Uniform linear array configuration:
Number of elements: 64
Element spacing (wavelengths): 0.75
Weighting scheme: uniform
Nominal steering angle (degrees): -45
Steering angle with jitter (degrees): -46.574
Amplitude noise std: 0.05
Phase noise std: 0.05

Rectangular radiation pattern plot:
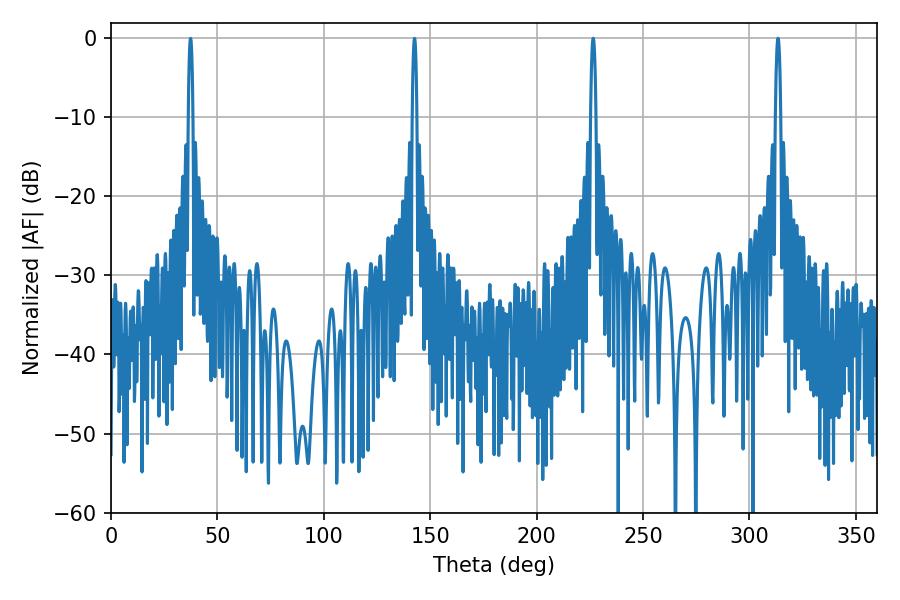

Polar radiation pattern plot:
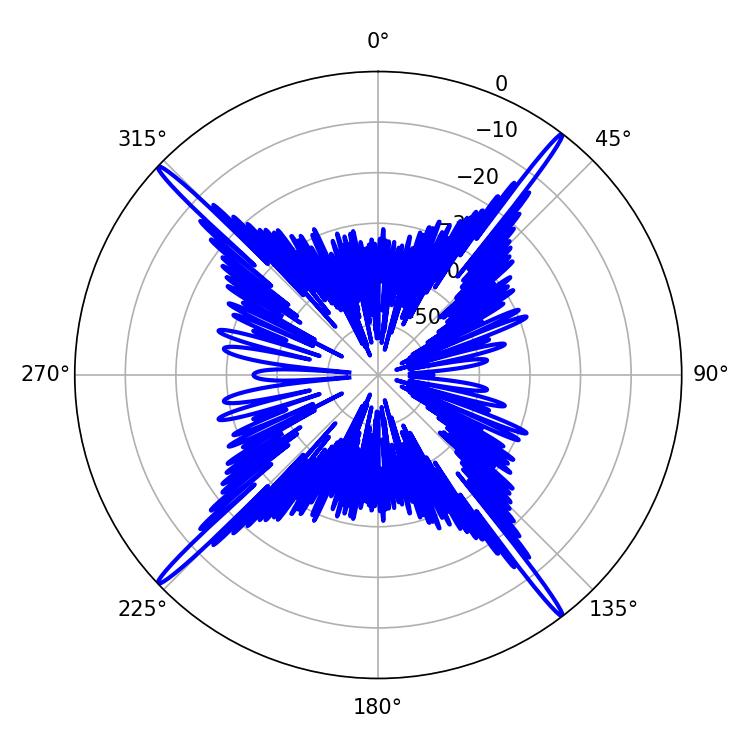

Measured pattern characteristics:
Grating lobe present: TRUE
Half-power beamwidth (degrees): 1.44
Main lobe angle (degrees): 313.38